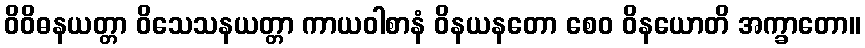
ဝိဝိဓနယတ္တာ ဝိသေသနယတ္တာ ကာယဝါစာနံ ဝိနယနတော စေဝ ဝိနယောတိ အက္ခာတော။